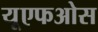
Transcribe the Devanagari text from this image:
यूएफओस